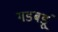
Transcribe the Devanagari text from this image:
गडबडूं